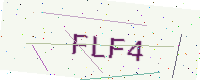
Text: FLF4